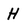
Character: H